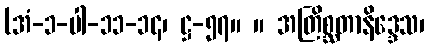
(အံ-၁-ပါ-၁၁-၁၄၊ ဋ္ဌ-၅၇။ ။ အတြိစ္ဆတာနိဒ္ဒေသ၊